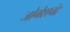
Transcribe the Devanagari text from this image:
जोगेशचंद्र